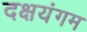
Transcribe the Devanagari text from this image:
दक्षयंगम